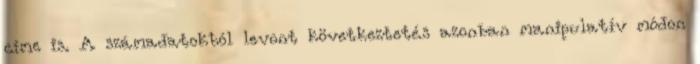
címe is. A számadatokból levont következtetés azonban manipulatív módon